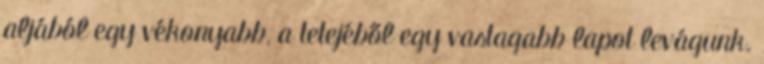
aljából egy vékonyabb, a tetejéből egy vastagabb lapot levágunk.